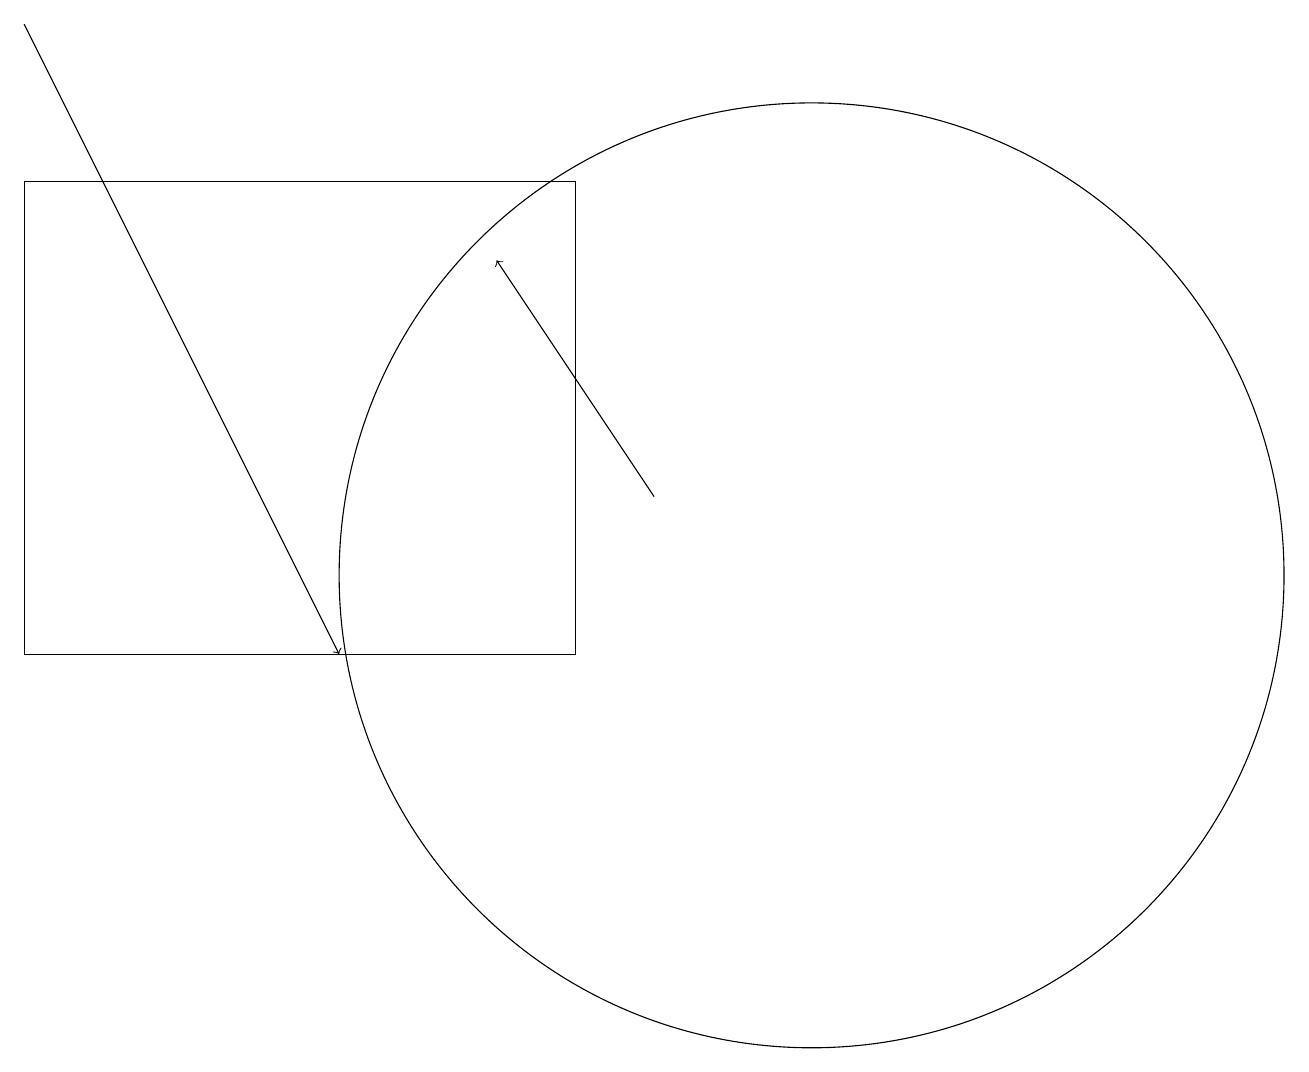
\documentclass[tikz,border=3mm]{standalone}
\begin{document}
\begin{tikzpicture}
\draw (8,10) rectangle (1,16);
\draw (11,11) circle (6);
\draw[->] (1,18) -- (5,10);
\draw[->] (9,12) -- (7,15);
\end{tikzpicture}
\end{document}